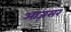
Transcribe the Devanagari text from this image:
आज़सर